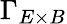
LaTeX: \Gamma_{E\times B}